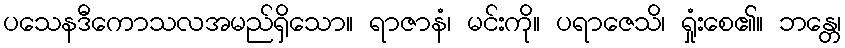
ပသေနဒီကောသလအမည်ရှိသော။ ရာဇာနံ၊ မင်းကို။ ပရာဇေသိ၊ ရှုံးစေ၏။ ဘန္တေ၊